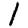
Digit: 1